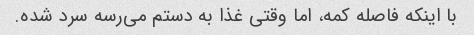
با اینکه فاصله کمه، اما وقتی غذا به دستم می‌رسه سرد شده.